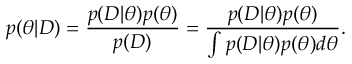
p ( \boldsymbol { \theta } | D ) = \frac { p ( D | \boldsymbol { \theta } ) p ( \boldsymbol { \theta } ) } { p ( D ) } = \frac { p ( D | \boldsymbol { \theta } ) p ( \boldsymbol { \theta } ) } { \int p ( D | \boldsymbol { \theta } ) p ( \boldsymbol { \theta } ) d \boldsymbol { \theta } } .